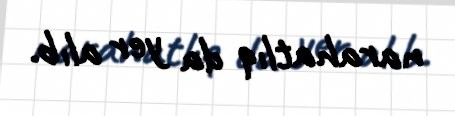
narahatlıq da yer alıb.